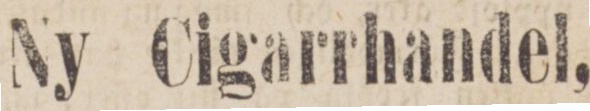
Ny Cigarrhandel,